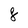
Character: 8